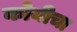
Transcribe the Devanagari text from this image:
कोयीचा